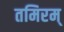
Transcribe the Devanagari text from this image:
तमिरम्